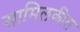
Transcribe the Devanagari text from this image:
सामिलकीत